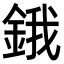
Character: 鋨